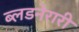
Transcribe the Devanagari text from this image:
ब्लडनेरारी